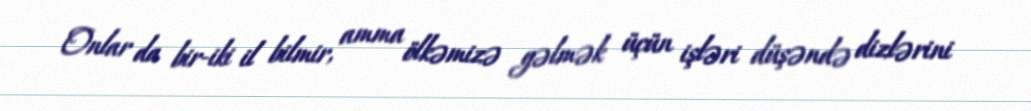
Onlar da bir-iki il bilmir, amma ölkəmizə gəlmək üçün işləri düşəndə dizlərini